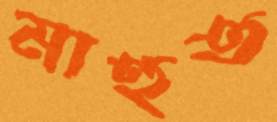
মাহুত